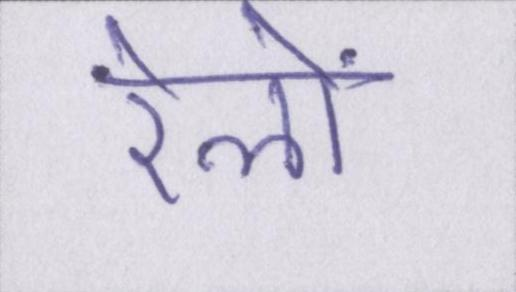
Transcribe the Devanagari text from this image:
रेलों